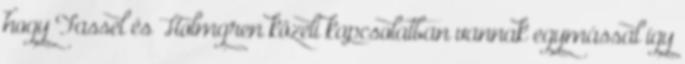
hogy Fassel és Holmgren közeli kapcsolatban vannak egymással így